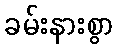
ခမ်းနားစွာ